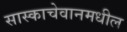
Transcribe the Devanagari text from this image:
सास्काचेवानमधील